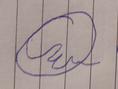
Signature authenticity: forged